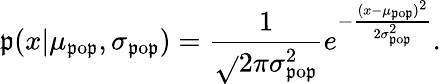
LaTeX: \mathfrak{p}(x|\mu_{\mathrm{{\mathfrak{p}o\mathfrak{p}}}},\sigma_{\mathrm{{\mathfrak{p}o\mathfrak{p}}}})=\frac{{1}}{{\sqrt{}{{2\pi\sigma_{\mathrm{{\mathfrak{p}o\mathfrak{p}}}}^{2}}}}}e^{-\frac{{(x-\mu_{\mathrm{{\mathfrak{p}o\mathfrak{p}}}})^{2}}}{{2\sigma_{\mathrm{{\mathfrak{p}o\mathfrak{p}}}}^{2}}}}.